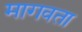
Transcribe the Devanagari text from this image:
मागवता